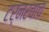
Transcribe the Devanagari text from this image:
टर्नरचाच